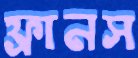
ফ্রানস